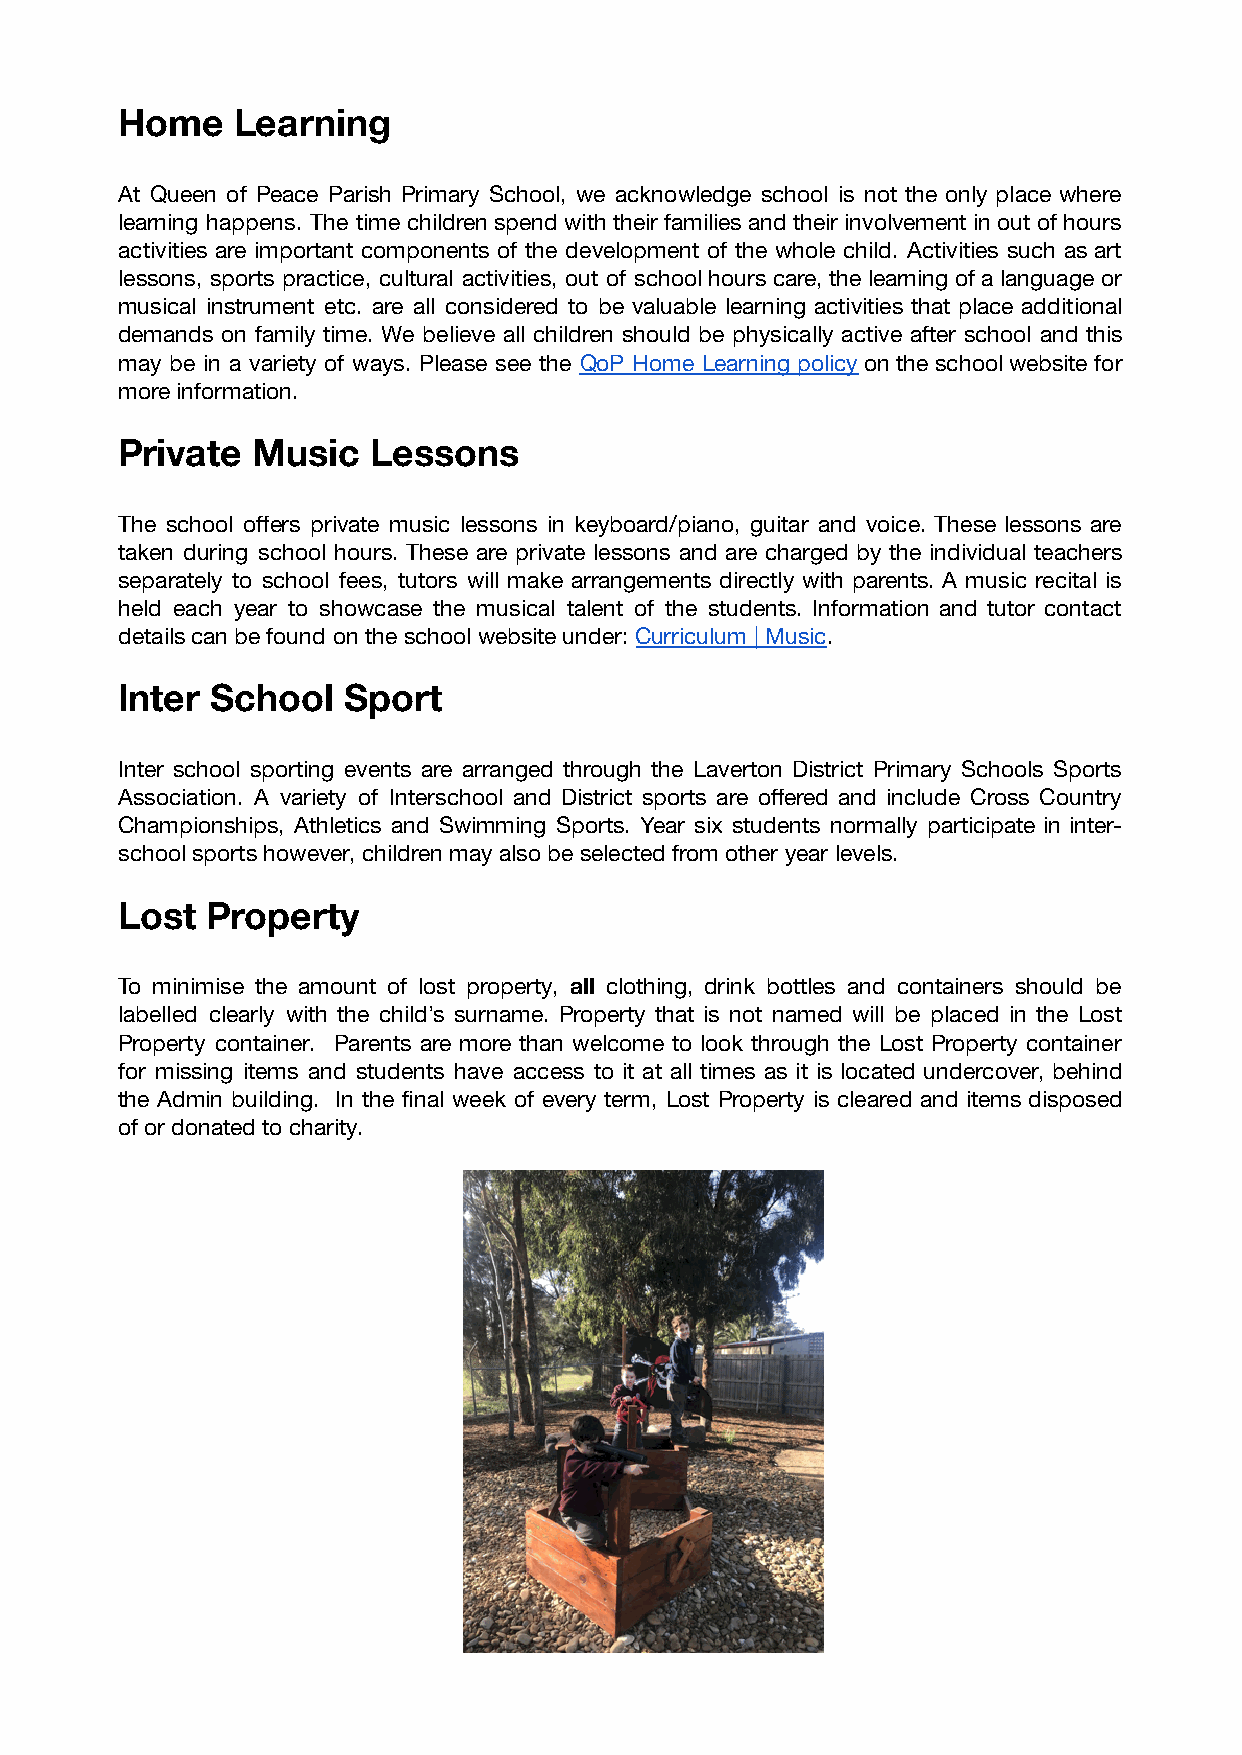
Home    Learning
 At Queen of Peace Parish Primary School, we acknowledge school is not the only place where
 learning happens. The time children spend with their families and their involvement in out of hours
 activities are important components of the development of the whole child. Activities such as art
 lessons, sports practice, cultural activities, out of school hours care, the learning of a language or
 musical instrument etc. are all considered to be valuable learning activities that place additional
 demands on family time. We believe all children should be physically active after school and this
 may be in a variety of ways. Please see the QoP Home Learning policyon the school website for
 more information.
 Private  Music   Lessons
 The school offers private music lessons in keyboard/piano, guitar and voice. These lessons are
 taken during school hours. These are private lessons and are charged by the individual teachers
 separately to school fees, tutors will make arrangements directly with parents. A music recital is
 held each year to showcase the musical talent of the students. Information and tutor contact
 details can be found on the school website under:Curriculum | Music.
 Inter School   Sport
 Inter school sporting events are arranged through the Laverton District Primary Schools Sports
 Association. A variety of Interschool and District sports are offered and include Cross Country
 Championships, Athletics and Swimming Sports. Year six students normally participate in inter-
 school sports however, children may also be selected from other year levels.
 Lost  Property
 To minimise the amount of lost property, all clothing, drink bottles and containers should be
 labelled clearly with the child’s surname. Property that is not named will be placed in the Lost
 Property container. Parents are more than welcome to look through the Lost Property container
 for missing items and students have access to it at all times as it is located undercover, behind
 the Admin building. In the final week of every term, Lost Property is cleared and items disposed
 of or donated to charity.